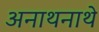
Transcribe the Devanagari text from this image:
अनाथनाथे